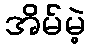
အိမ်မဲ့